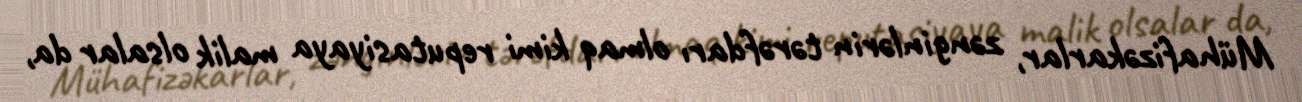
Mühafizəkarlar, zənginlərin tərəfdarı olmaq kimi reputasiyaya malik olsalar da,